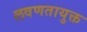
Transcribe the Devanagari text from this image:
लवणतायुक्त